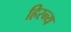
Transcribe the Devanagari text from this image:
हिरन्य